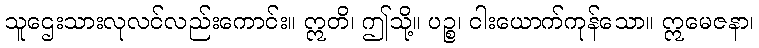
သူဌေးသားလုလင်လည်းကောင်း။ ဣတိ၊ ဤသို့။ ပဉ္စ၊ ငါးယောက်ကုန်သော။ ဣမေဇနာ၊